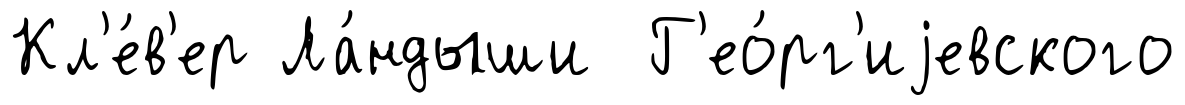
Кл'е́в'ер Ла́ндыши Г'ео́рг'иjевского